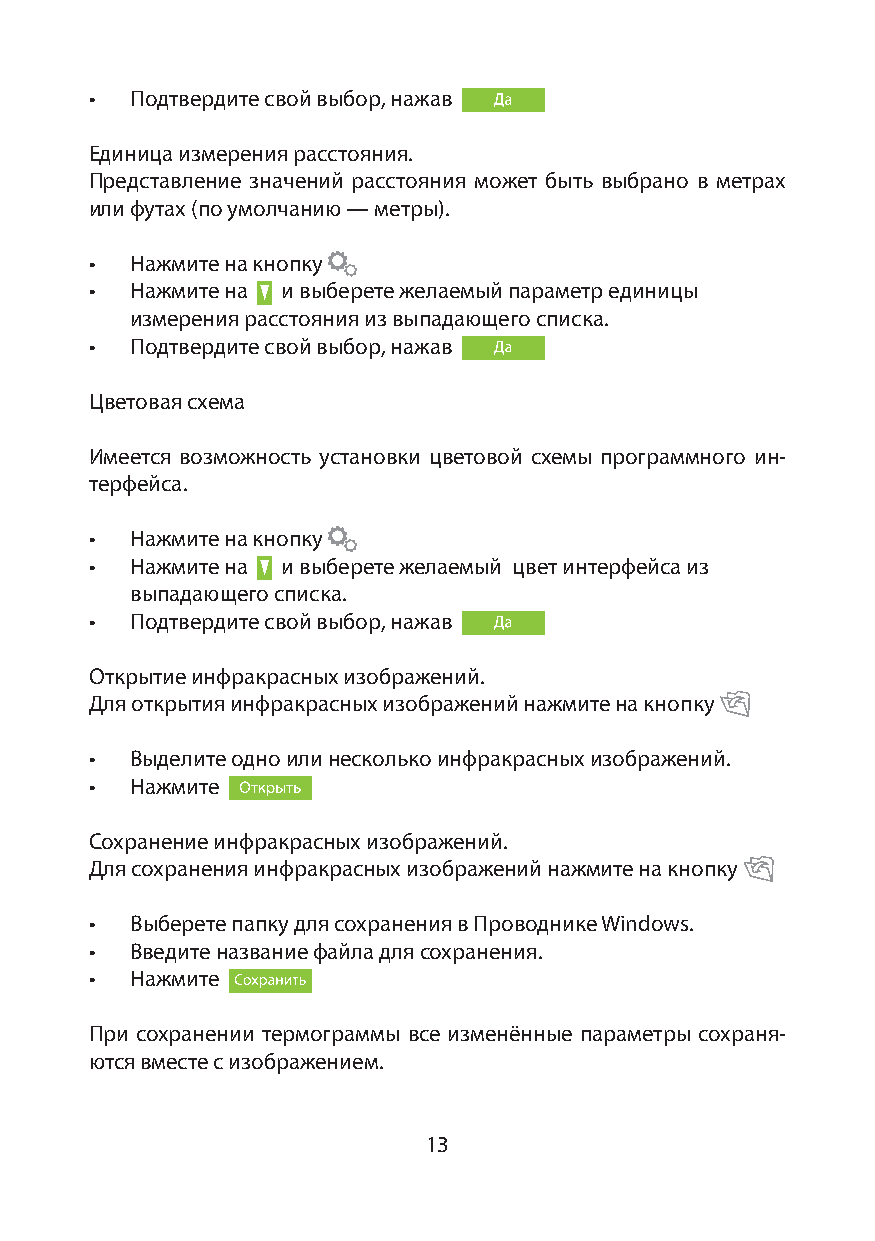
•  Подтвердите свой выбор, нажав
 Единица измерения расстояния.
 Представление значений расстояния может быть выбрано в метрах
 или футах (по умолчанию — метры).
 •  Нажмите на кнопку
 •  Нажмите на и выберете желаемый параметр единицы
 измерения расстояния из выпадающего списка.
 •  Подтвердите свой выбор, нажав
 Цветовая схема
 Имеется возможность установки цветовой схемы программного ин-
 терфейса.
 •  Нажмите на кнопку
 •  Нажмите на и выберете желаемый цвет интерфейса из
 выпадающего списка.
 •  Подтвердите свой выбор, нажав
 Открытие инфракрасных изображений.
 Для открытия инфракрасных изображений нажмите на кнопку
 •  Выделите одно или несколько инфракрасных изображений.
 •  Нажмите
 Сохранение инфракрасных изображений.
 Для сохранения инфракрасных изображений нажмите на кнопку
 •  Выберете папку для сохранения в Проводнике Windows.
 •  Введите название файла для сохранения.
 •  Нажмите
 При сохранении термограммы все изменённые параметры сохраня-
 ются вместе с изображением.
 13